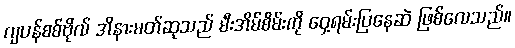
ဂျပန်စစ်ဗိုလ် အိနားမတ်ဆုသည် မီးအိမ်စိမ်းကို ဝှေ့ရမ်းပြနေဆဲ ဖြစ်လေသည်။